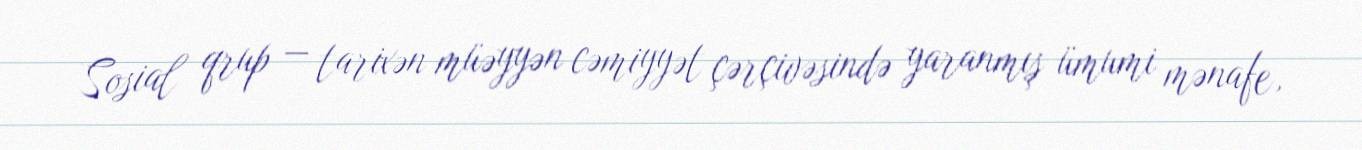
Sosial qrup — tarixən müəyyən cəmiyyət çərçivəsində yaranmış ümumi mənafe,